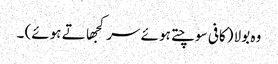
وہ بولا (کافی سوچتے ہوئے سر کجھاتے ہوئے) ۔